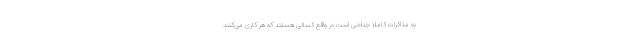
به مذاکرات کاملا جناحی است در واقع کسانی هستند که هر کاری می‌کنند